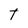
Character: t